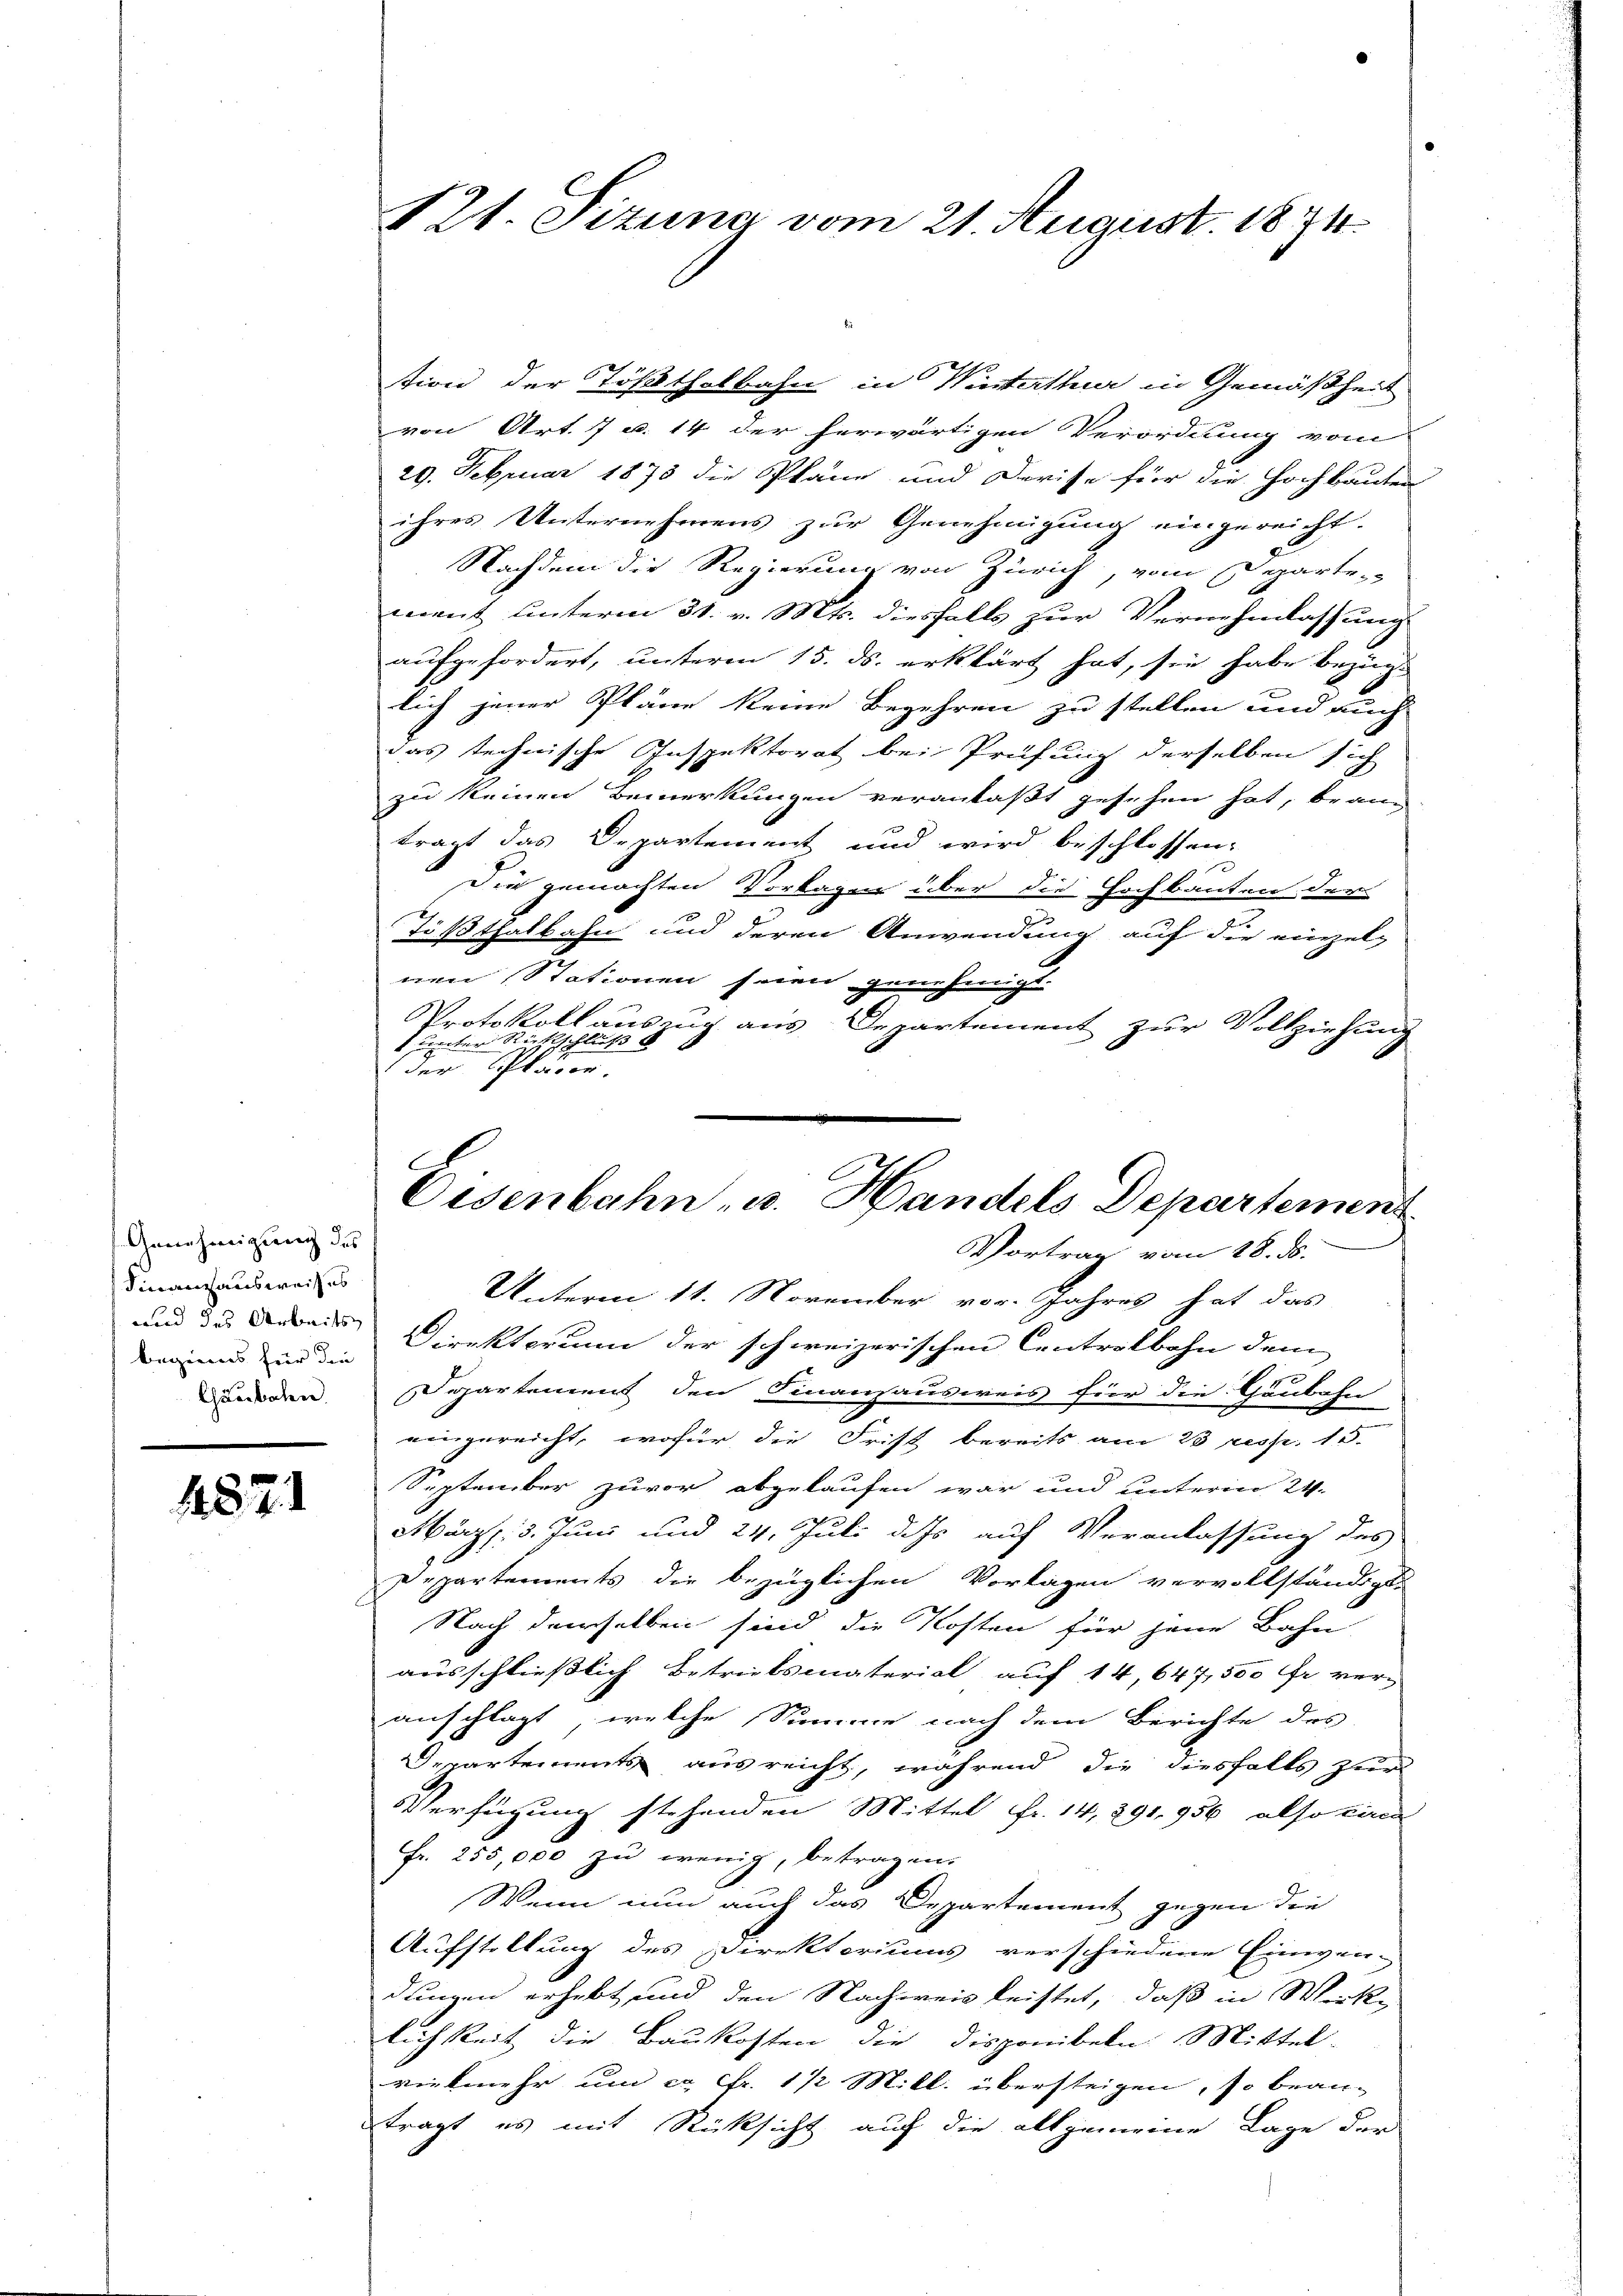
Genehmigung des
Finanzausweises
und das Arbeits
beginns für die
Chäubaten.

1871

121. Sizung vom 21. August 1874.

tion der Tößthalbahn in Winterthur in Gemäßheit
von Art. 7 u. 14 der herwärtigen Verordnung vom
29. Februar 1873 die Pläne und Dreise für die Hochbauten
ihres Unternehmens zur Genehmigung eingereicht.
Nachdem die Regierung von Zürich, vom Departe-
mant unterm 31. v. Mts. diesfalls zur Vernehmlassung
aufgefordert, unterm 15. ds. erklärt hat, sie habe bezüg-
lich jener Pläne keine Begehren zu stellen und auch
das technische Inspektorat bei Prüfung derselben sich
zu keinen Bemerkungen veranlaßt gesehen hat, brann
tragt das Departement und wird beschlossen:
Die gemachten Vorlagen über die Hochbauten der
Tößthalbahn und deren Anwendung auf die einzelnen Stationen seien genehmigt.
Protokoll auszug aus Departement zur Vollziehung
Richtschluß
1 Punctur
der Planer
Unterm 11. November vor. Jahres hat das
Direktorinn der schweizerischen Centrolbohn dem
Departement den Finanzausweis für die Gaubahn
eingereicht, wofür die Frist bereits am 23 resp. 15.
September zuvor abgelaufen war und unterm 24.
März : 3. Juni und 24. Juli dass auf Veranlassung des
Departements die bezüglichen Vorlagen vervollständigt.
Nach derselben sind die Kosten für jene Bahn
ausschließlich Betriebsmaterial auf 14, 647,500 Fr. ver-
anschlägt, welche Summe nach dem Berichte des
Departements ausreicht, während die diesfalls zur
Verfügung stehenden Mittel Fr. 14, 391,956 also kan
Fr. 255,000 zu wenig, betragen.
Wenn nun auch das Departement gegen die
Aufstellung des Direktoriums verschiedene Einwen-
dungen erhebt und den Nachweis leistet, daß in Wirke
lichkeit die Baukosten die Disponibeln Mittel-
vielmehr um ca Fr. 1 1/2 Mitl. übersteigen, so beantragt es mit Rücksicht auf die allgemeine Lage der

Eisenbahn u. Handels Departement
Vortrag vom 18. ds.